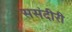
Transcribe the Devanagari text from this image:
ससंदीरी